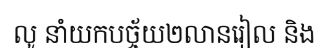
លូ នាំយកបច្ច័យ២លានរៀល និង